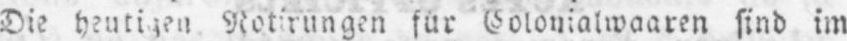
Die heutigen Notirungen für Colonialwaaren sind im